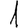
Digit: 1